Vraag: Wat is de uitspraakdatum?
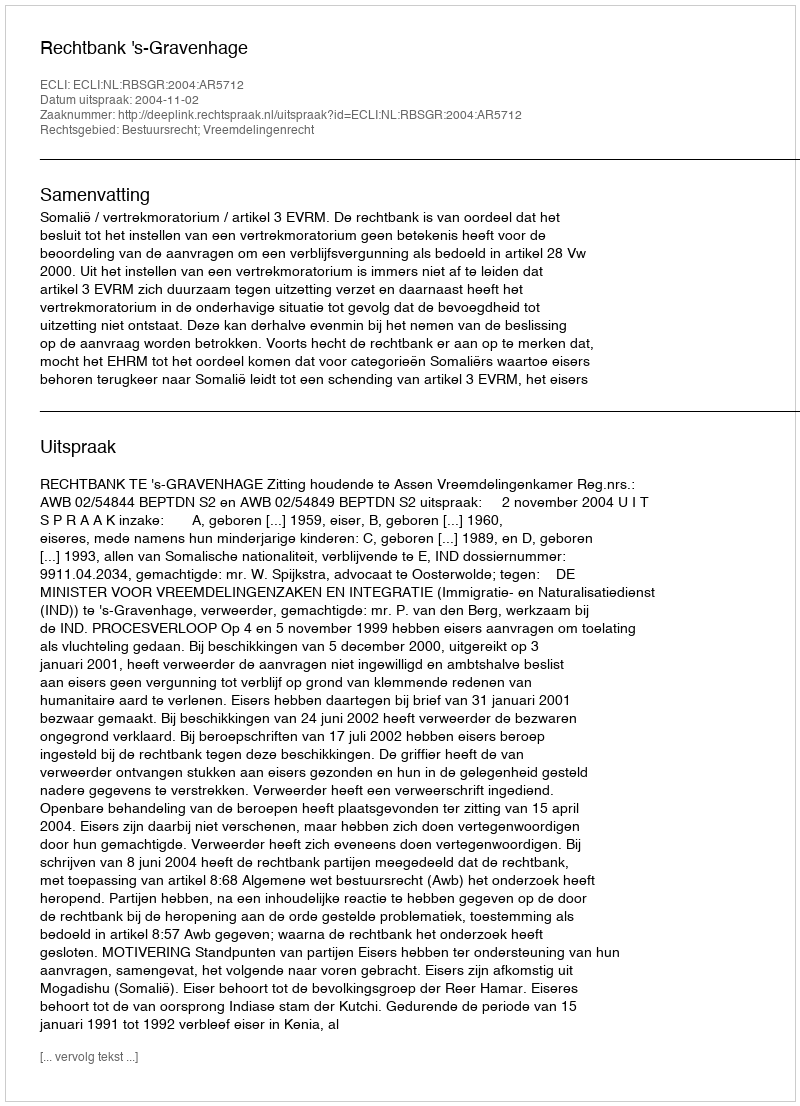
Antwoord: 2004-11-02